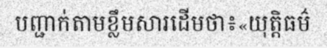
បញ្ជាក់តាមខ្លឹមសារដើមថា៖«យុត្តិធម៌